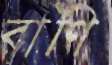
বাণি